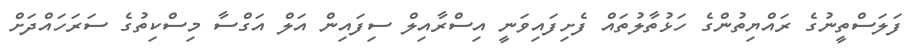
ފަލަސްތީނުގެ ރައްޔިތުންގެ ހަޅުތާލުތައް ފެށިފައިވަނީ އިސްރާއިލް ސިފައިން އަލް އަގްސާ މިސްކިތުގެ ސަރަހައްދަށް